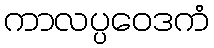
ကာလပ္ပဝေဒကံ